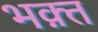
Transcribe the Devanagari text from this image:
भक़्त